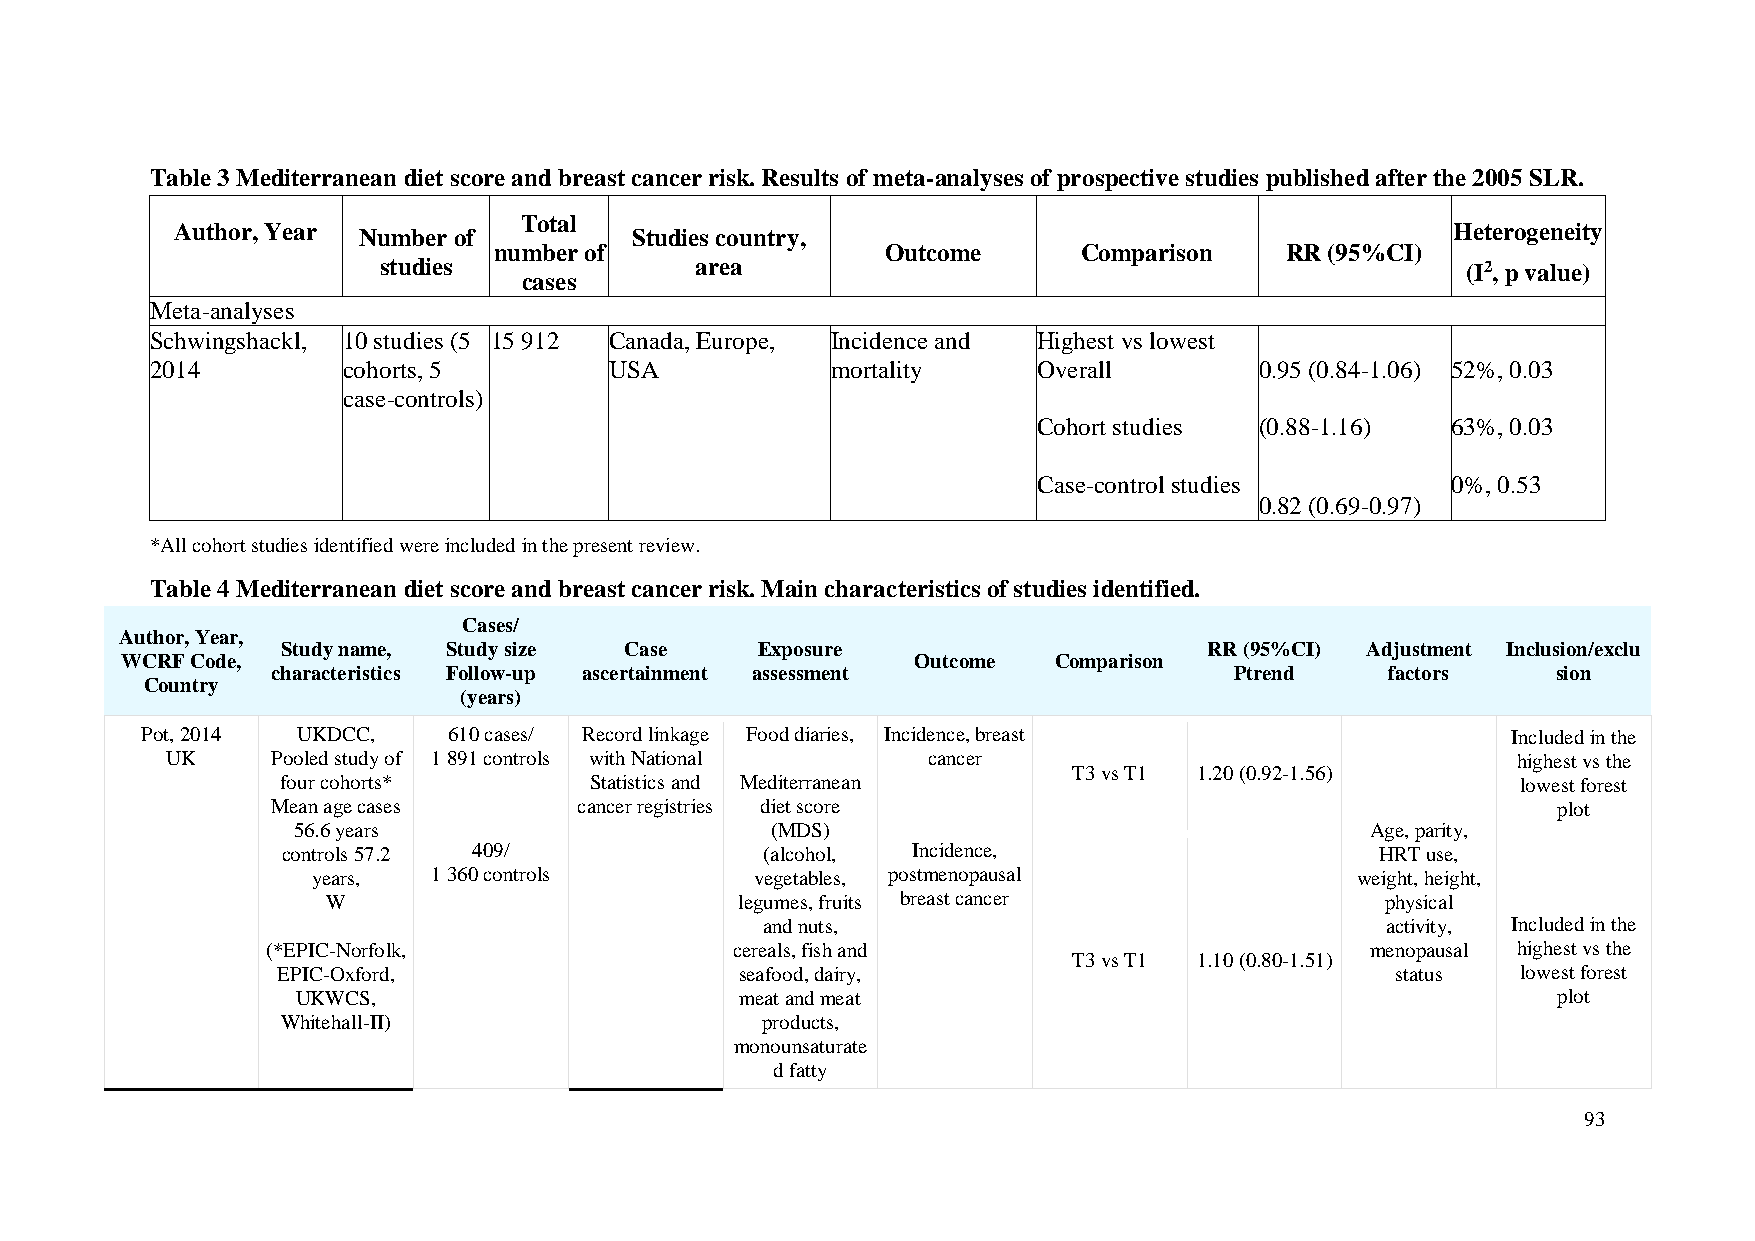
Table 3 Mediterranean diet score and breast cancer risk. Results of meta-analyses of prospective studies published after the 2005 SLR.
 Total
 Author, Year Number of        Studies country,                                      Heterogeneity
 number of                 Outcome      Comparison   RR (95%CI)
 studies              area                                               (I2, p value)
 cases
 Meta-analyses
 Schwingshackl, 10 studies (5 15 912 Canada, Europe, Incidence and Highest vs lowest
 2014         cohorts, 5       USA            mortality     Overall       0.95 (0.84-1.06) 52%, 0.03
 case-controls)
 Cohort studies (0.88-1.16) 63%, 0.03
 Case-control studies       0%, 0.53
 0.82 (0.69-0.97)
 *All cohort studies identified were included in the present review.
 Table 4 Mediterranean diet score and breast cancer risk. Main characteristics of studies identified.
 Cases/
 Author, Year,
 Study name, Study size Case    Exposure                      RR (95%CI) Adjustment Inclusion/exclu
 WCRF Code,                                           Outcome  Comparison
 characteristics Follow-up ascertainment assessment              Ptrend    factors    sion
 Country
 (years)
 Pot, 2014  UKDCC,    610 cases/ Record linkage Food diaries, Incidence, breast             Included in the
 UK     Pooled study of 1 891 controls with National cancer                               highest vs the
 T3 vs T1 1.20 (0.92-1.56)
 four cohorts*       Statistics and Mediterranean                                  lowest forest
 Mean age cases      cancer registries diet score                                     plot
 56.6 years                      (MDS)                                   Age, parity,
 controls 57.2 409/              (alcohol, Incidence,                    HRT use,
 years,  1 360 controls       vegetables, postmenopausal              weight, height,
 W                          legumes, fruits breast cancer              physical
 and nuts,                                 activity, Included in the
 (*EPIC-Norfolk,                cereals, fish and                         menopausal highest vs the
 T3 vs T1 1.10 (0.80-1.51)
 EPIC-Oxford,                   seafood, dairy,                            status   lowest forest
 UKWCS,                       meat and meat                                         plot
 Whitehall-II)                  products,
 monounsaturate
 d fatty
 93